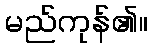
မည်ကုန်၏။